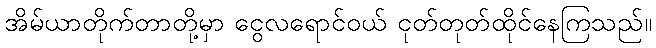
အိမ်ယာတိုက်တာတို့မှာ ငွေလရောင်ဝယ် ငုတ်တုတ်ထိုင်နေကြသည်။